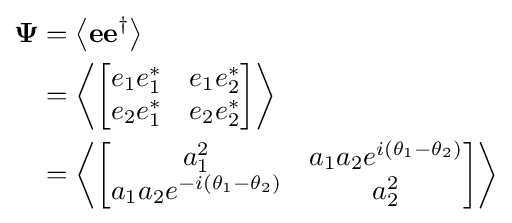
{\begin{aligned}\mathbf {\Psi } &=\left\langle \mathbf {e} \mathbf {e} ^{\dagger }\right\rangle \\&=\left\langle {\begin{bmatrix}e_{1}e_{1}^{*}&e_{1}e_{2}^{*}\\e_{2}e_{1}^{*}&e_{2}e_{2}^{*}\end{bmatrix}}\right\rangle \\&=\left\langle {\begin{bmatrix}a_{1}^{2}&a_{1}a_{2}e^{i\left(\theta _{1}-\theta _{2}\right)}\\a_{1}a_{2}e^{-i\left(\theta _{1}-\theta _{2}\right)}&a_{2}^{2}\end{bmatrix}}\right\rangle \end{aligned}}